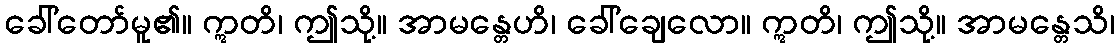
ခေါ်တော်မူ၏။ ဣတိ၊ ဤသို့။ အာမန္တေဟိ၊ ခေါ်ချေလော။ ဣတိ၊ ဤသို့။ အာမန္တေသိ၊